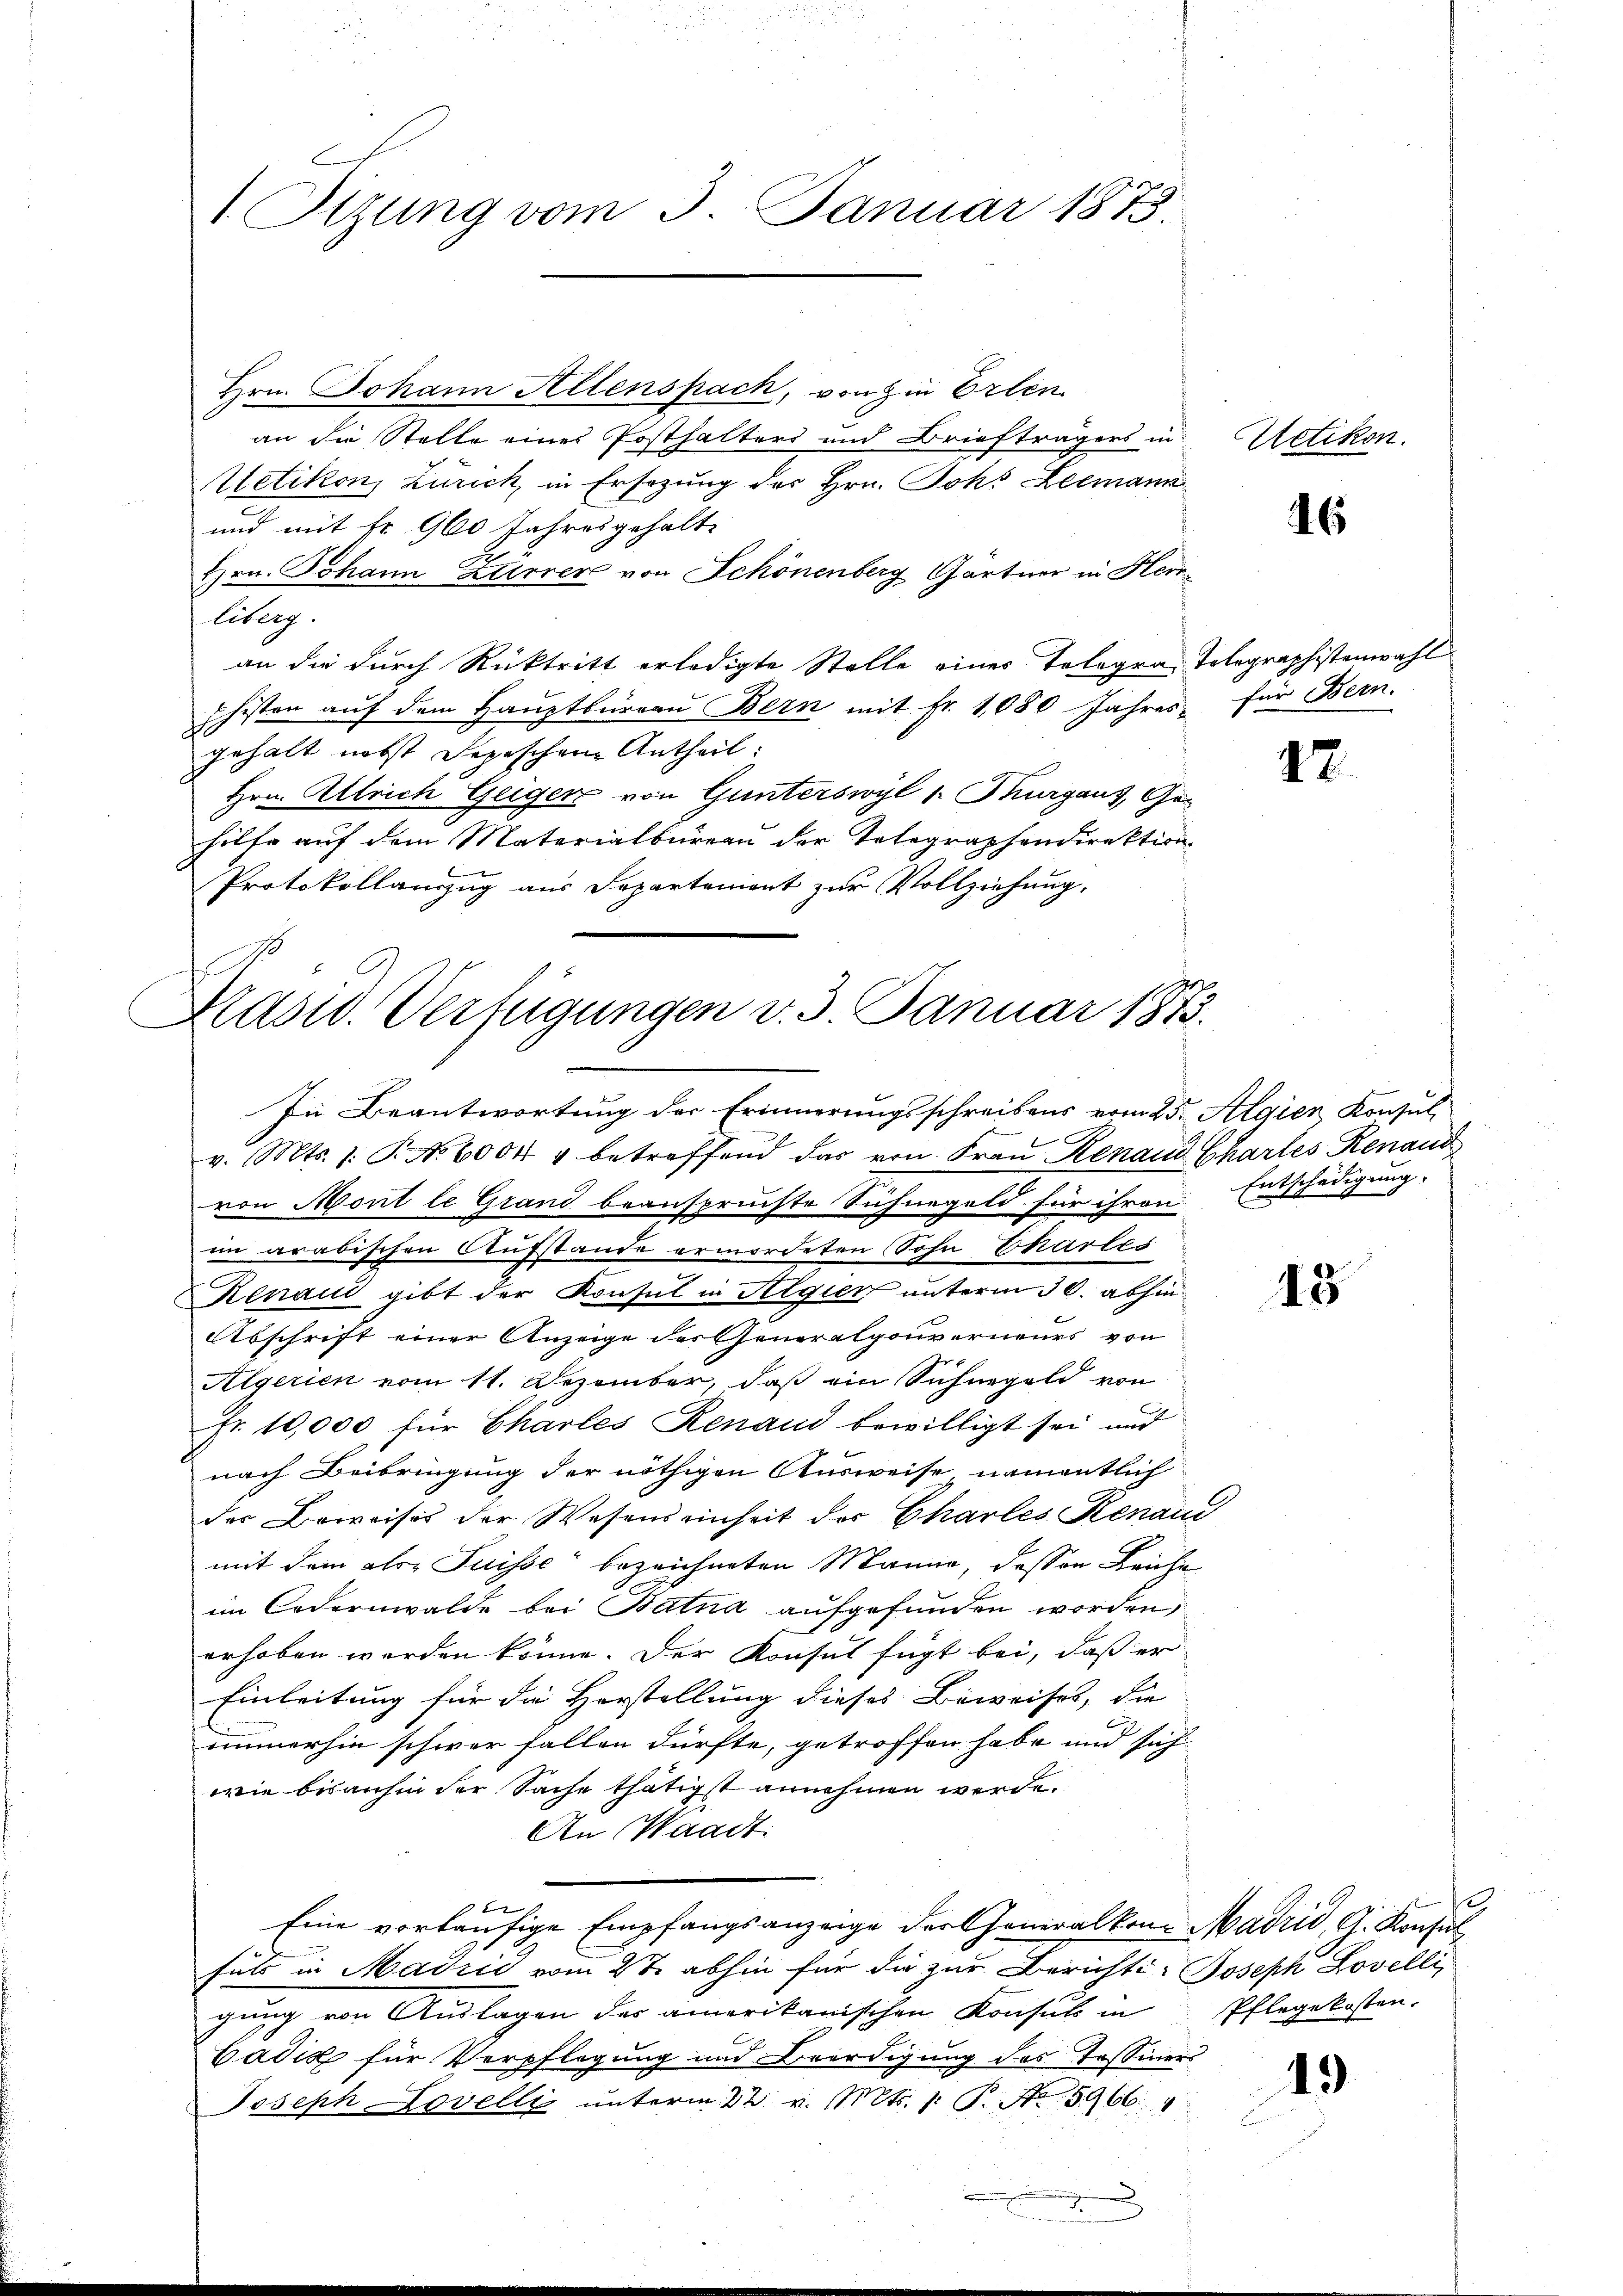
1 Tizung vom 3. Januar 1873.

Hrn. Johann Allenspach, von in Erlen.
an die Stelle eines Posthalters und Briefträgers in
Metikon, Zürich, in Ersezung des Hrn. Johr Leemann
und mit fr. 960 Jahresgehalte
Hrn. Johann Zierrer von Schönenberg Gärtner in Herrliberg.
an die durch Rücktritt erledigte Stelle eines Tologra-Tolographistenwahl
phisten auf dem Hauptbüreau Bern mit Fr. 1080 Jahres-
gehalt nebst Depeschen Antheil:
Hrn. Allrich Geiger von Gunterswyl 1. Thurgaus, Ger
hilfe auf dem Materialbureau der Telegraphondirektion
g
Protokollauszug aus Separtement zur Vollziehung.

Präsid. Verfügungen v. 3. Januar 1875.
In Beantwortung der Erinnerungsschreibens vom 25. Algien Konsul

v. Mts. 1. P. Nr. 6004 u betreffend das von Frau Renaud Charles Renaus
von Mont le Grand beanspruchte Sichnegeld für ihren Entschädigung
im arabischen Aufstande ermordeten Sohn Chartes
enaud gibt der Konsul in Algien unterm 30. abhin
Abschrift einer Anzeige des Generalgouverneurs von
Algerien vom 11. Dezember, daß ein Sichergeld von
Fr. 10,000 für Charles Renaud bewilligt sei und
nach Beibringung der nöthigen Ausweise namentlich
der Beweises der Wesens einheit der Charles Renaud
mit dem als Suisse bezeichneten Manne, dessen Leiche
im Codernwalde bei Batna aufgefunden worden,
erhoben werden könne. Der Konsul fügt bei, daß er
Einleitung für die Horstellung dieses Beweises, die
immerhin schwer fallen dürfte, getroffen habe und sich
wie bisanhin der Sache thätigst annehmen werde.
An Waadt:
Eine vorläufige Empfangsanzeige der Generalkon Madrid, G. Konsul
fuls in Madrić vom 2te abhin für die zur Berichte-Joseph Lovelli
gung von Auslagen des amerikanischen Konsul in Pflegekosten.
Cadia für Verpflegung und Beerdigung des Tessiners
Joseph Lovelli ŭnterm 22 v. Mts. 1. P. Nr. 15966. 4
.

Uetikon.

46

für Bern.

12.

48

.

19